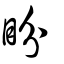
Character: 盼